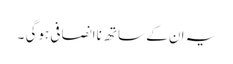
یہ ان کے ساتھ ناانصافی ہوگی ۔